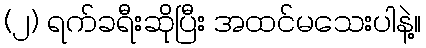
(၂) ရက်ခရီးဆိုပြီး အထင်မသေးပါနဲ့။